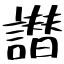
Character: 譛